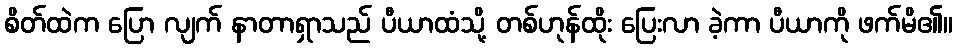
စိတ်ထဲက ပြော လျက် နာတာရှာသည် ပီယာထံသို့ တစ်ဟုန်ထိုး ပြေးလာ ခဲ့ကာ ပီယာကို ဖက်မိ၏။